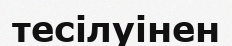
тесілуінен